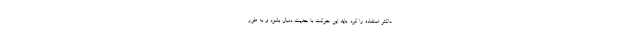
دّاکثر استفاده را کرد. باید این حرکت با جدّیّت دنبال بشود و به طور